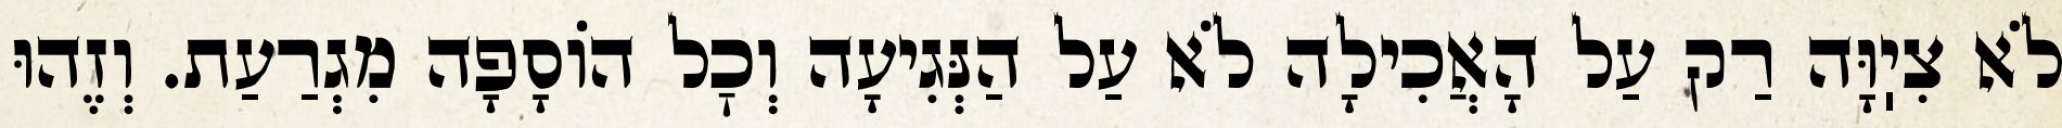
לֹא צִיֽוָּה רַק עַל הָאֲכִילָה לֹא עַל הַנְּגִיעָה וְכׇל הוֹסָפָה מִגְרַעַת. וְזֶהוּ